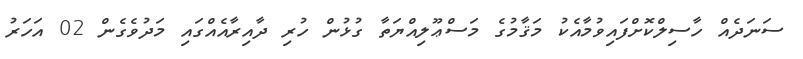
ސަނަދެއް ހާސިލްކޮށްފައިވުމާއެކު މަޤާމުގެ މަސްޢޫލިއްޔަތާ ގުޅުން ހުރި ދާއިރާއެއްގައި މަދުވެގެން 02 އަހަރު